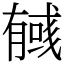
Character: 𢒰